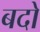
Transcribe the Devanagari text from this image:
बदो